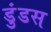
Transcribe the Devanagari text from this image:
डुंडस